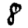
Digit: 8